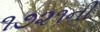
૧૭૨૧ની